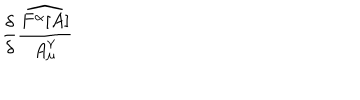
\frac { \delta } { \delta } \frac { \widehat { F ^ { \alpha } [ A ] } } { A _ { \mu } ^ { \gamma } }